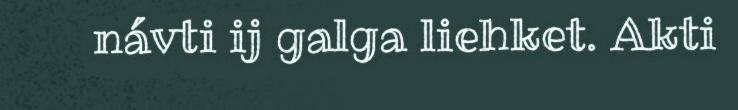
návti ij galga liehket. Akti